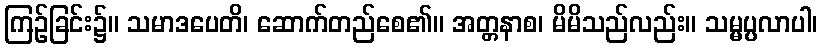
ကြဉ်ခြင်း၌။ သမာဒပေတိ၊ ဆောက်တည်စေ၏။ အတ္တနာစ၊ မိမိသည်လည်း။ သမ္မပ္ပလာပါ၊